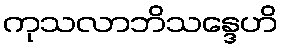
ကုသလာဘိသန္ဒေဟိ